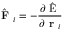
\hat { \textbf { F } } _ { i } = - \frac { \partial \hat { \mathrm { ~ E ~ } } } { \partial \textbf { r } _ { i } }